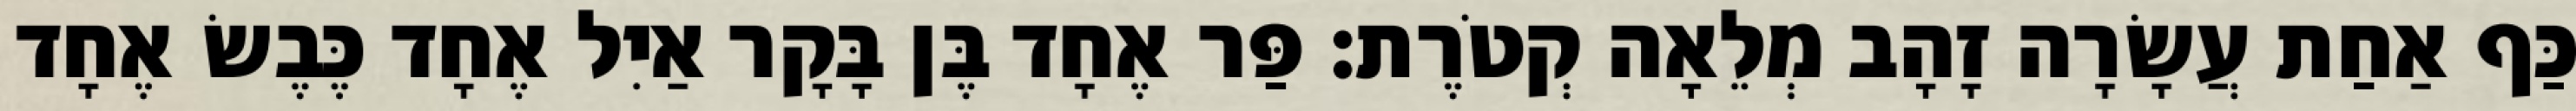
כַּף אַחַת עֲשָׂרָה זָהָב מְלֵאָה קְטֹרֶת׃ פַּר אֶחָד בֶּן בָּקָר אַיִל אֶחָד כֶּבֶשׂ אֶחָד